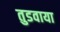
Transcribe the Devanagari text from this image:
तुडवाया